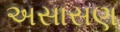
અસાસણ